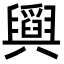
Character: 𦦪